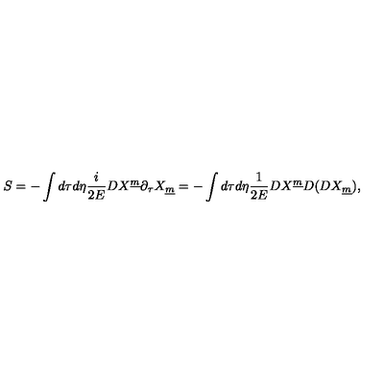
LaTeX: S = - \int d \tau d \eta { \frac { i } { 2 E } } D X ^ { \underline { m } } \partial _ { \tau } X _ { \underline { m } } = - \int d \tau d \eta { \frac { 1 } { 2 E } } D X ^ { \underline { m } } D ( D X _ { \underline { m } } ) ,